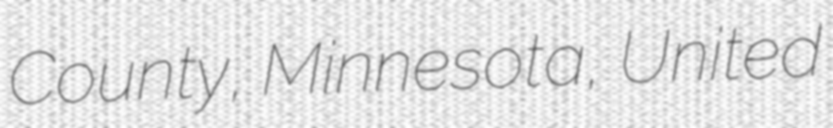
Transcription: County, Minnesota, United